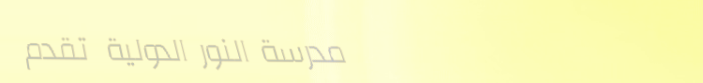
مدرسة النور الدولية تقدم